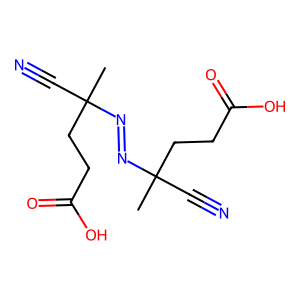
SMILES: CC(C#N)(CCC(=O)O)N=NC(C)(C#N)CCC(=O)O
Inhibits HIV replication: No